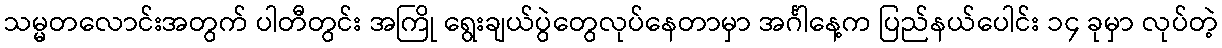
သမ္မတလောင်းအတွက် ပါတီတွင်း အကြို ရွေးချယ်ပွဲတွေလုပ်နေတာမှာ အင်္ဂါနေ့က ပြည်နယ်ပေါင်း ၁၄ ခုမှာ လုပ်တဲ့